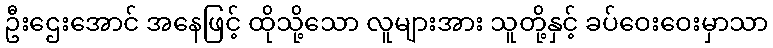
ဦးဌေးအောင် အနေဖြင့် ထိုသို့သော လူများအား သူတို့နှင့် ခပ်ဝေးဝေးမှာသာ